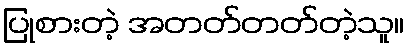
ပြုစားတဲ့ အတတ်တတ်တဲ့သူ။